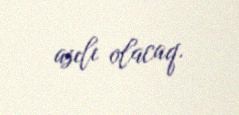
asılı olacaq.